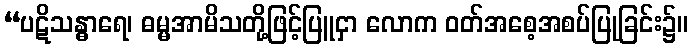
“ပဋိသန္ဓာရေ၊ ဓမ္မအာမိသတို့ဖြင့်ပြူငှာ လောက ဝတ်အစေ့အစပ်ပြုခြင်း၌။